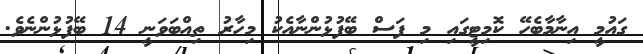
ގައުމީ އިނާމާބެހޭ ކޮމިޓީގައި މި ފަސް ބޭފުޅުންނާއެކު މިހާރު ތިއްބަވަނީ 14 ބޭފުޅުންނެވެ.